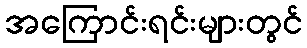
အကြောင်းရင်းများတွင်